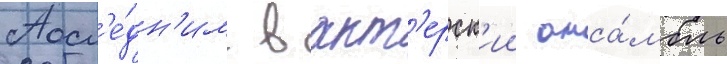
Посл'е́дн'им в акт'ерск'ии анса́мбль